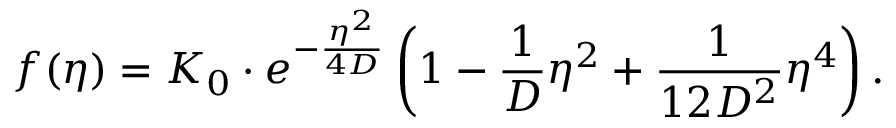
f ( \eta ) = K _ { 0 } \cdot e ^ { - \frac { \eta ^ { 2 } } { 4 D } } \left( 1 - \frac { 1 } { D } \eta ^ { 2 } + \frac { 1 } { 1 2 D ^ { 2 } } \eta ^ { 4 } \right) .